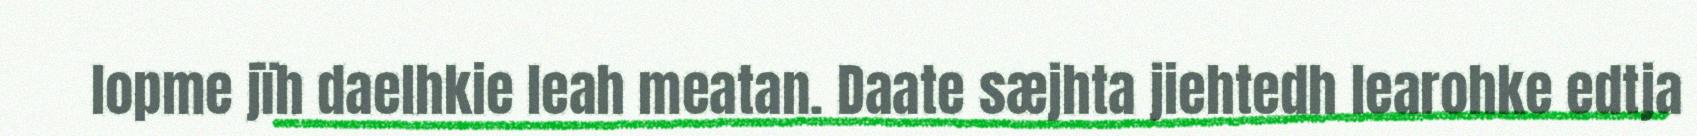
lopme jïh daelhkie leah meatan. Daate sæjhta jiehtedh learohke edtja